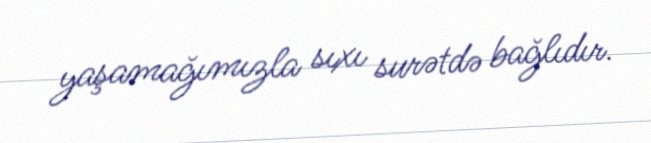
yaşamağımızla sıxı surətdə bağlıdır.